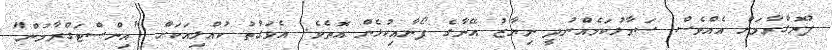
ޕުރޮގްރާމަށް އެއްވެސް ސަމާލުކަމެއްނުދީ ނިޔާޒު އޭނާގެ ފޯނާއިކުޅެން އޮތެވެ. އެވަގުތު ކުއްލިއަކަށް "އިންސްޓަގްރާމުން"